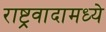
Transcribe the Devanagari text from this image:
राष्ट्रवादामध्ये